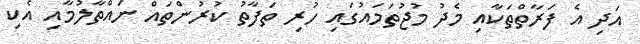
އަދި އެ ފަރާތްތަކާއި މެދު މުޖުތަމައުގައި ހުރި ތަފާތު ކުރުންތައް ނައްތާލުމާއި އެކި